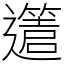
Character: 𨘥